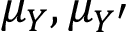
\mu _ { Y } , \mu _ { Y ^ { \prime } }